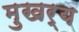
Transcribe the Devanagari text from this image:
मुखर्‍य